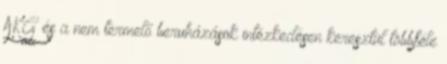
AKG és a nem termelő beruházások intézkedésen keresztül többféle